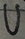
Text: U